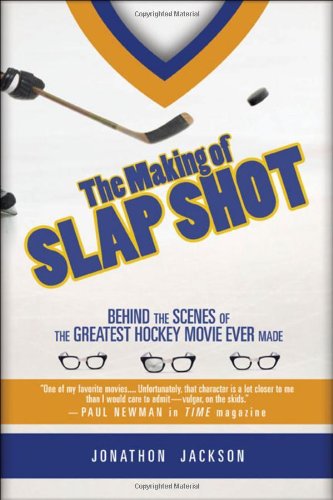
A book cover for The Making of Slap Shot: Behind the Scenes of the Greatest Hockey Movie Ever Made; Jonathon Jackson; Sports & Outdoors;